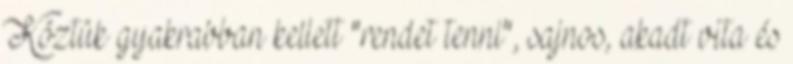
Köztük gyakrabban kellett "rendet tenni", sajnos, akadt vita és